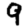
Digit: 9